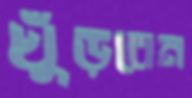
খুঁড়বেন